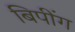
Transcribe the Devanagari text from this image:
बिपींग